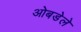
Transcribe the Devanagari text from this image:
ओबडेले